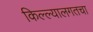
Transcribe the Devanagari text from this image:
किल्ल्यालगतचा